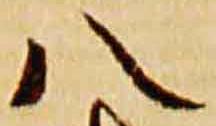
八